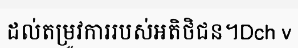
ដល់តម្រូវការរបស់អតិថិជន។Dch v